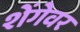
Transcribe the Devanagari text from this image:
शेंगेवर